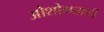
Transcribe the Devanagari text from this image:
ओशोमताशी